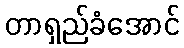
တာရှည်ခံအောင်